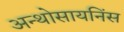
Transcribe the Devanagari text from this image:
अन्थोसायनिंस